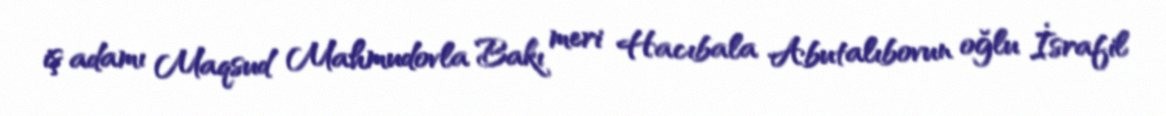
iş adamı Maqsud Mahmudovla Bakı meri Hacıbala Abutalıbovun oğlu İsrafil